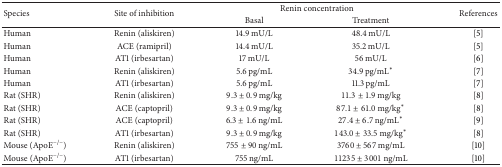
<table><thead><tr><td rowspan="2"><b>Species</b></td><td rowspan="2"><b>Site of inhibition</b></td><td colspan="2"><b>Renin concentration</b></td><td rowspan="2"><b>References</b></td></tr><tr><td><b>Basal</b></td><td><b>Treatment</b></td></tr></thead><tbody><tr><td>Human</td><td>Renin (aliskiren)</td><td>14.9 mU/L</td><td>48.4 mU/L</td><td>[5]</td></tr><tr><td>Human</td><td>ACE (ramipril)</td><td>14.4 mU/L</td><td>35.2 mU/L</td><td>[5]</td></tr><tr><td>Human</td><td>AT1 (irbesartan)</td><td>17 mU/L</td><td>56 mU/L</td><td>[6]</td></tr><tr><td>Human</td><td>Renin (aliskiren)</td><td>5.6 pg/mL</td><td>34.9 pg/mL*</td><td>[7]</td></tr><tr><td>Human</td><td>AT1 (irbesartan)</td><td>5.6 pg/mL</td><td>11.3 pg/mL</td><td>[7]</td></tr><tr><td>Rat (SHR)</td><td>Renin (aliskiren)</td><td>9.3 ± 0.9 mg/kg</td><td>11.3 ± 1.9 mg/kg</td><td>[8]</td></tr><tr><td>Rat (SHR)</td><td>ACE (captopril)</td><td>9.3 ± 0.9 mg/kg</td><td>87.1 ± 61.0 mg/kg*</td><td>[8]</td></tr><tr><td>Rat (SHR)</td><td>ACE (captopril)</td><td>6.3 ± 1.6 ng/mL</td><td>27.4 ± 6.7 ng/mL*</td><td>[9]</td></tr><tr><td>Rat (SHR)</td><td>AT1 (irbesartan)</td><td>9.3 ± 0.9 mg/kg</td><td>143.0 ± 33.5 mg/kg*</td><td>[8]</td></tr><tr><td>Mouse (ApoE<sup>−/−</sup>)</td><td>Renin (aliskiren)</td><td>755 ± 90 ng/mL</td><td>3760 ± 567 mg/mL</td><td>[10]</td></tr><tr><td>Mouse (ApoE<sup>−/−</sup>)</td><td>AT1 (irbesartan)</td><td>755 ng/mL</td><td>11235 ± 3001 ng/mL</td><td>[10]</td></tr></tbody></table>